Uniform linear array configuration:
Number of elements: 12
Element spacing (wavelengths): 0.75
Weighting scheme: blackman
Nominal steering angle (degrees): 0
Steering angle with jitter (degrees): -1.833
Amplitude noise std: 0.05
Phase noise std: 0.05

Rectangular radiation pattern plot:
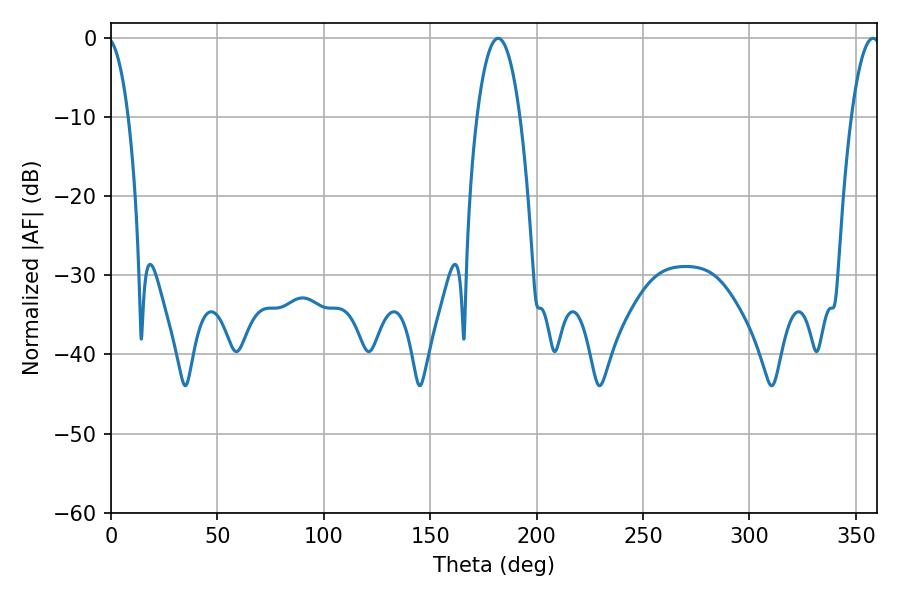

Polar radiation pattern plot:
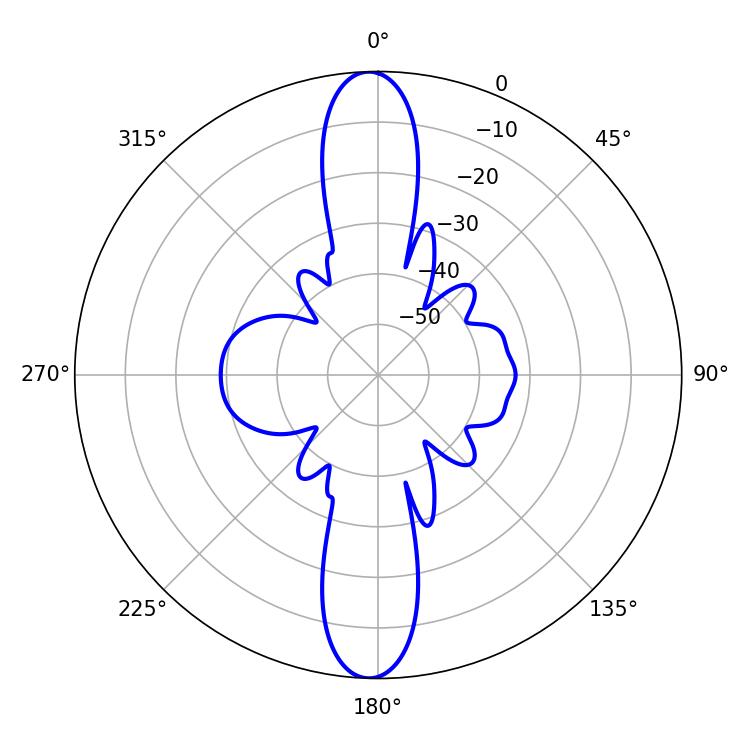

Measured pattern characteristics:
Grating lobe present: TRUE
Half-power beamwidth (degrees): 11.16
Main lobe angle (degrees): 181.98